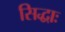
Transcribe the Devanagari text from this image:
सिद्धाः